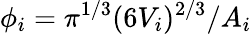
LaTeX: \phi_{i}=\pi^{1/3}(6V_{i})^{2/3}/A_{i}